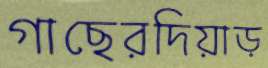
গাছেরদিয়াড়